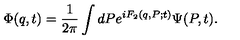
\Phi ( q , t ) = \frac 1 { 2 \pi } \int d P e ^ { i F _ { 2 } ( q , P ; t ) } \Psi ( P , t ) .